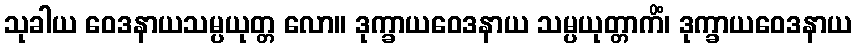
သုခါယ ဝေဒနာယသမ္ပယုတ္တ လော။ ဒုက္ခာယဝေဒနာယ သမ္ပယုတ္တာကိံ၊ ဒုက္ခာယဝေဒနာယ